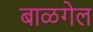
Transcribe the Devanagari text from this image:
बाळगेल